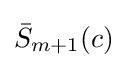
{\bar {S}}_{m+1}(c)